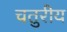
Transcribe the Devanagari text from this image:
चतुरीय